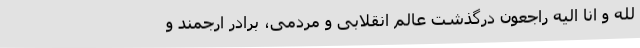
لله و انا الیه راجعون درگذشت عالم انقلابی و مردمی، برادر ارجمند و